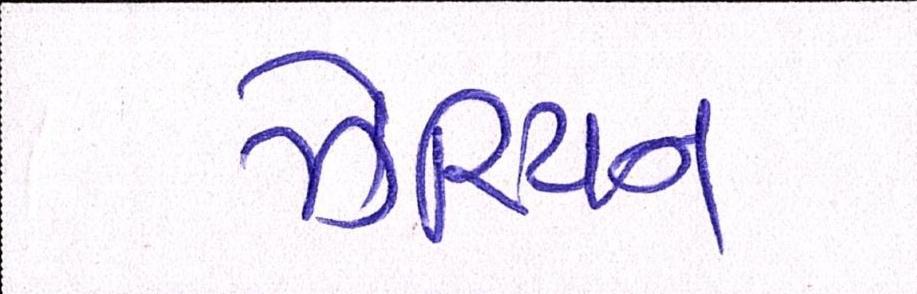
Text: ઝેરિયન